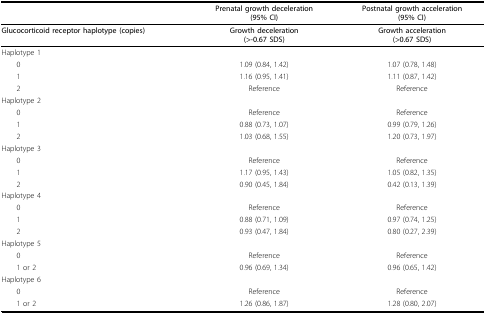
<table><thead><tr><td></td><td><b>Prenatal growth deceleration(95% CI)</b></td><td><b>Postnatal growth acceleration(95% CI)</b></td></tr></thead><tbody><tr><td><b>Glucocorticoid receptor haplotype (copies)</b></td><td><b>Growth deceleration</b><b>(&gt;-0.67 SDS)</b></td><td><b>Growth acceleration</b><b>(&gt;0.67 SDS)</b></td></tr><tr><td>Haplotype 1</td><td></td><td></td></tr><tr><td> 0</td><td>1.09 (0.84, 1.42)</td><td>1.07 (0.78, 1.48)</td></tr><tr><td> 1</td><td>1.16 (0.95, 1.41)</td><td>1.11 (0.87, 1.42)</td></tr><tr><td> 2</td><td>Reference</td><td>Reference</td></tr><tr><td>Haplotype 2</td><td></td><td></td></tr><tr><td> 0</td><td>Reference</td><td>Reference</td></tr><tr><td> 1</td><td>0.88 (0.73, 1.07)</td><td>0.99 (0.79, 1.26)</td></tr><tr><td> 2</td><td>1.03 (0.68, 1.55)</td><td>1.20 (0.73, 1.97)</td></tr><tr><td>Haplotype 3</td><td></td><td></td></tr><tr><td> 0</td><td>Reference</td><td>Reference</td></tr><tr><td> 1</td><td>1.17 (0.95, 1.43)</td><td>1.05 (0.82, 1.35)</td></tr><tr><td> 2</td><td>0.90 (0.45, 1.84)</td><td>0.42 (0.13, 1.39)</td></tr><tr><td>Haplotype 4</td><td></td><td></td></tr><tr><td> 0</td><td>Reference</td><td>Reference</td></tr><tr><td> 1</td><td>0.88 (0.71, 1.09)</td><td>0.97 (0.74, 1.25)</td></tr><tr><td> 2</td><td>0.93 (0.47, 1.84)</td><td>0.80 (0.27, 2.39)</td></tr><tr><td>Haplotype 5</td><td></td><td></td></tr><tr><td> 0</td><td>Reference</td><td>Reference</td></tr><tr><td> 1 or 2</td><td>0.96 (0.69, 1.34)</td><td>0.96 (0.65, 1.42)</td></tr><tr><td>Haplotype 6</td><td></td><td></td></tr><tr><td> 0</td><td>Reference</td><td>Reference</td></tr><tr><td> 1 or 2</td><td>1.26 (0.86, 1.87)</td><td>1.28 (0.80, 2.07)</td></tr></tbody></table>